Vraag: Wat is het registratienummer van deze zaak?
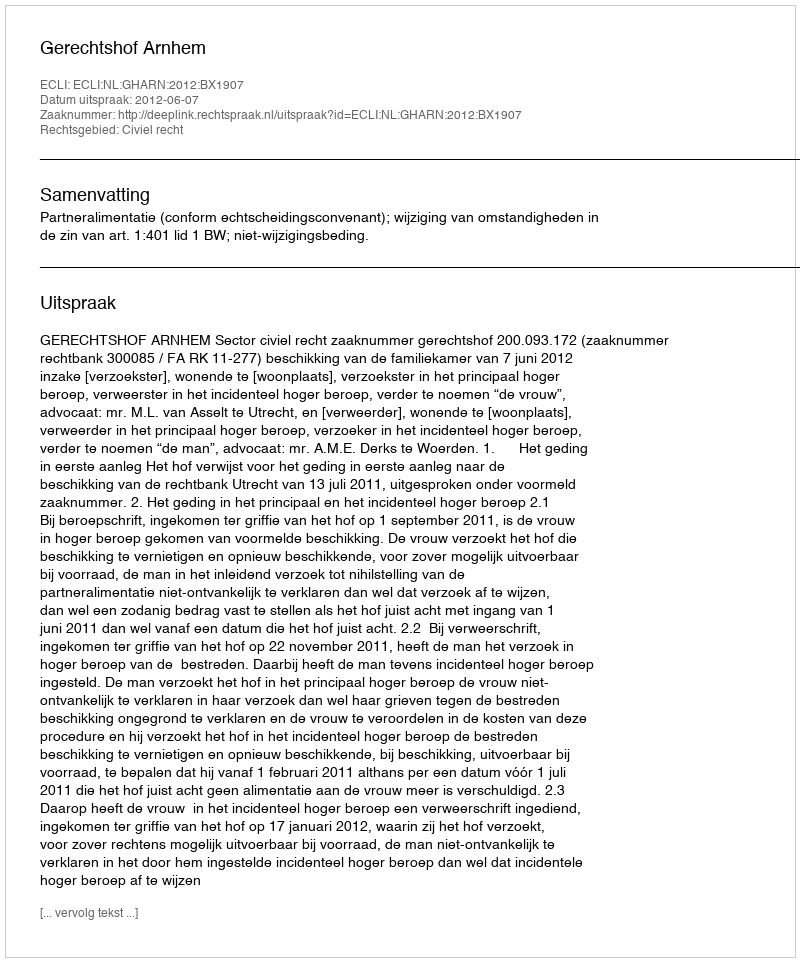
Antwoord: http://deeplink.rechtspraak.nl/uitspraak?id=ECLI:NL:GHARN:2012:BX1907